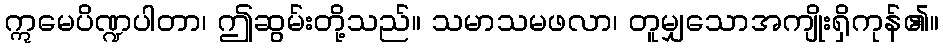
ဣမေပိဏ္ဍပါတာ၊ ဤဆွမ်းတို့သည်။ သမာသမဖလာ၊ တူမျှသောအကျိုးရှိကုန်၏။